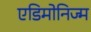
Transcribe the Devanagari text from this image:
एडिमोनिज्म